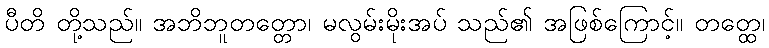
ပီတိ တို့သည်။ အဘိဘူတတ္တော၊ မလွမ်းမိုးအပ် သည်၏ အဖြစ်ကြောင့်။ တတ္ထေ၊